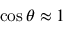
\cos \theta \approx 1